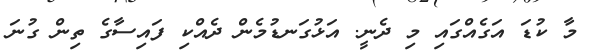
މާ ކުޑަ އަގެއްގައި މި ދެނީ. އަޅުގަނޑުމެން ދެއްކި ފައިސާގެ ތިން ގުނަ